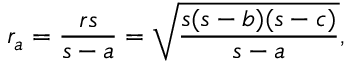
r _ { a } = { \frac { r s } { s - a } } = { \sqrt { \frac { s ( s - b ) ( s - c ) } { s - a } } } ,